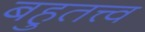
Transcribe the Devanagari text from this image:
बहुतत्त्व